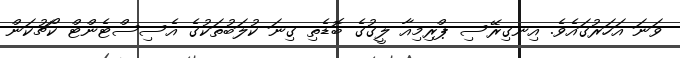
ވަނަ އަހަރުގައެވެ. އިނގިރޭސި ޕްރިމިއާ ލީގުގެ ބޮޑެތި ގިނަ ކުލަބުތަކުގެ އެސިސްޓެންޓް ކޯޗުކަން